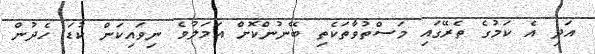
އަދި އެ ކަމުގެ ތެރޭގައި މަސްތުވާތަކެތި ބޭނުންކޮށް އަމަލުވެ ނިވައިކަން ކުޑަ ހެދުން